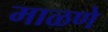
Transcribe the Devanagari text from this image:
माळणे